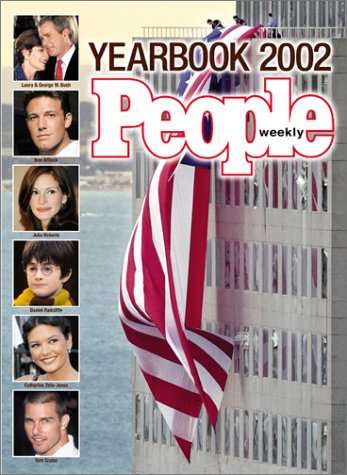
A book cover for People Yearbook 2002; People Magazine; Humor & Entertainment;